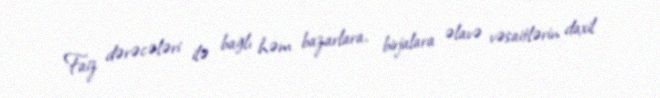
Faiz dərəcələri ilə bağlı həm bazarlara, birjalara əlavə vəsaitlərin daxil